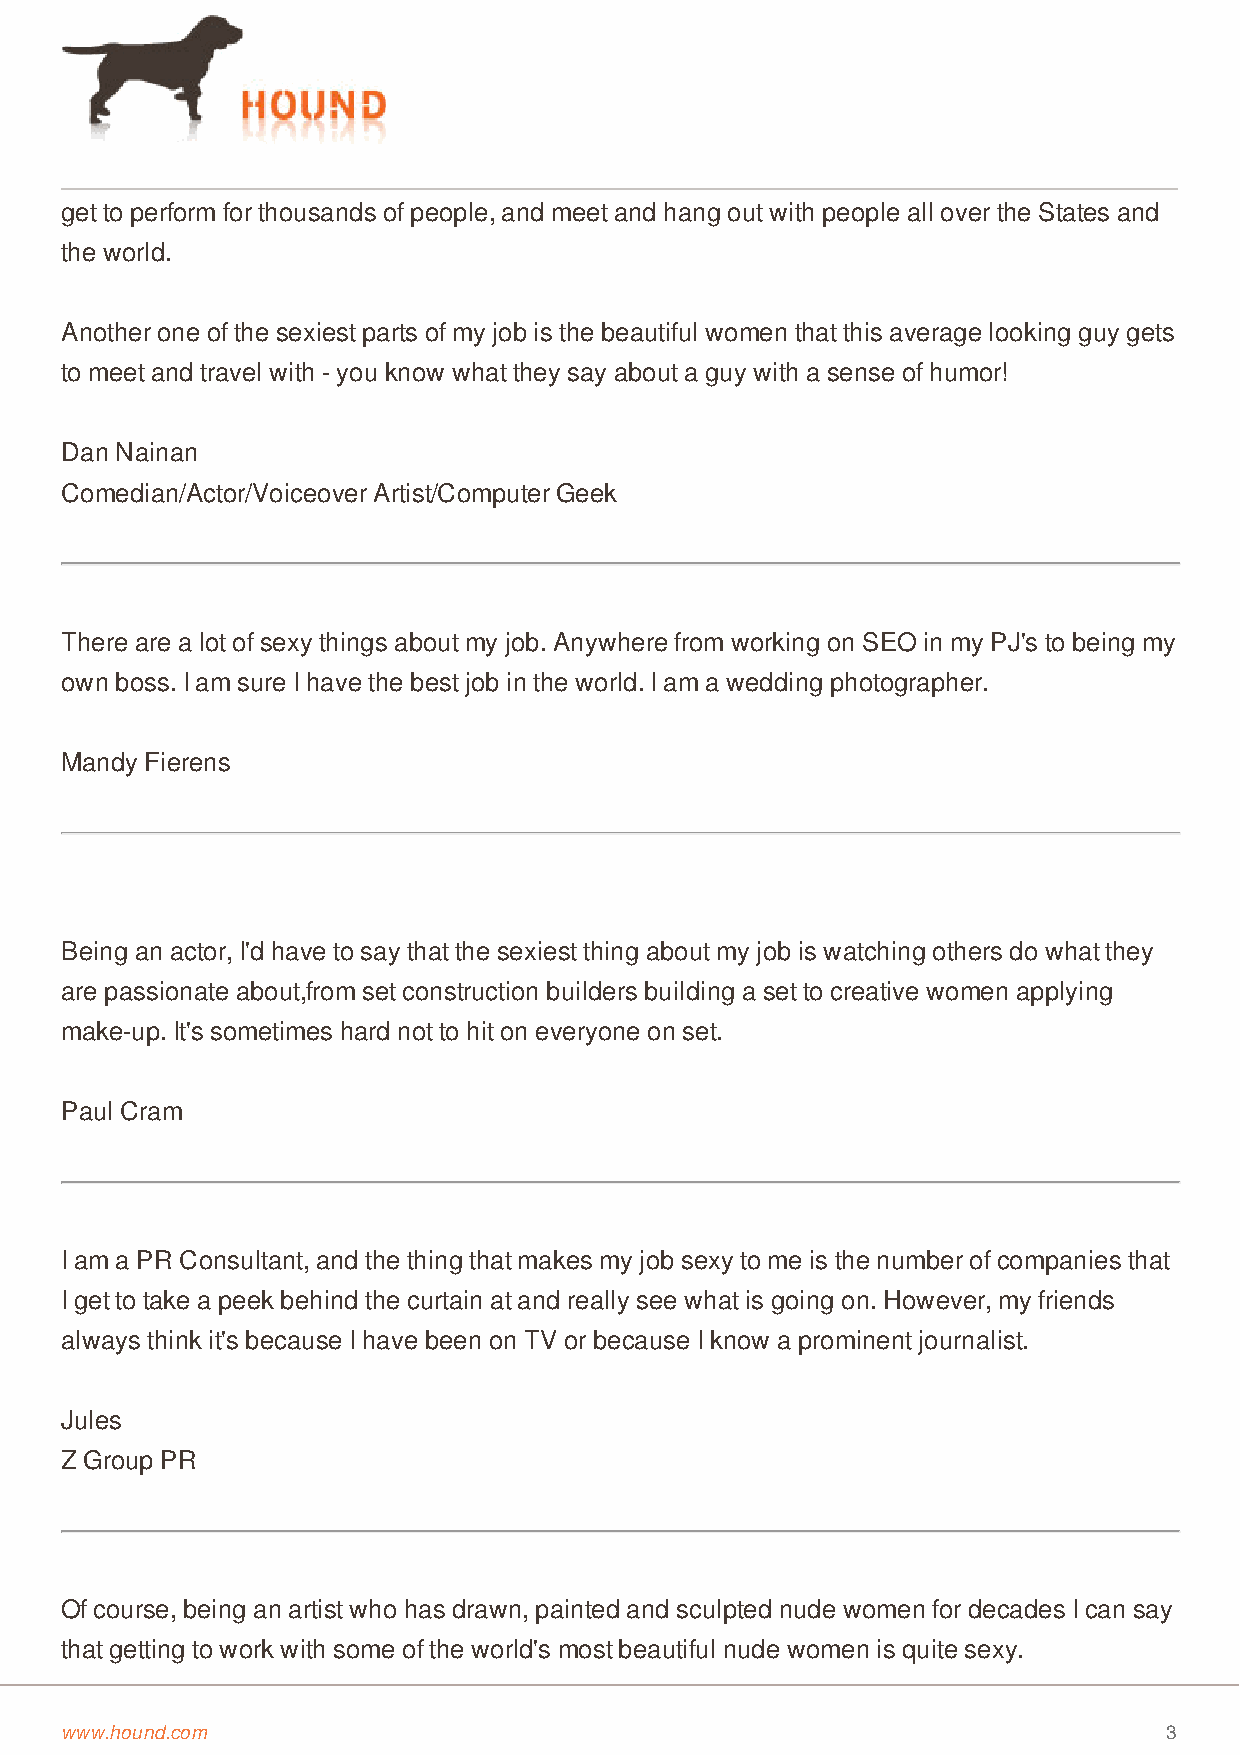
get to perform for thousands of people, and meet and hang out with people all over the States and
 the world.
 Another one of the sexiest parts of my job is the beautiful women that this average looking guy gets
 to meet and travel with - you know what they say about a guy with a sense of humor!
 Dan Nainan
 Comedian/Actor/Voiceover Artist/Computer Geek
 There are a lot of sexy things about my job. Anywhere from working on SEO in my PJ's to being my
 own boss. I am sure I have the best job in the world. I am a wedding photographer.
 Mandy Fierens
 Being an actor, I'd have to say that the sexiest thing about my job is watching others do what they
 are passionate about,from set construction builders building a set to creative women applying
 make-up. It's sometimes hard not to hit on everyone on set.
 Paul Cram
 I am a PR Consultant, and the thing that makes my job sexy to me is the number of companies that
 I get to take a peek behind the curtain at and really see what is going on. However, my friends
 always think it's because I have been on TV or because I know a prominent journalist.
 Jules
 Z Group PR
 Of course, being an artist who has drawn, painted and sculpted nude women for decades I can say
 that getting to work with some of the world's most beautiful nude women is quite sexy.
 www.hound.com                                                            3